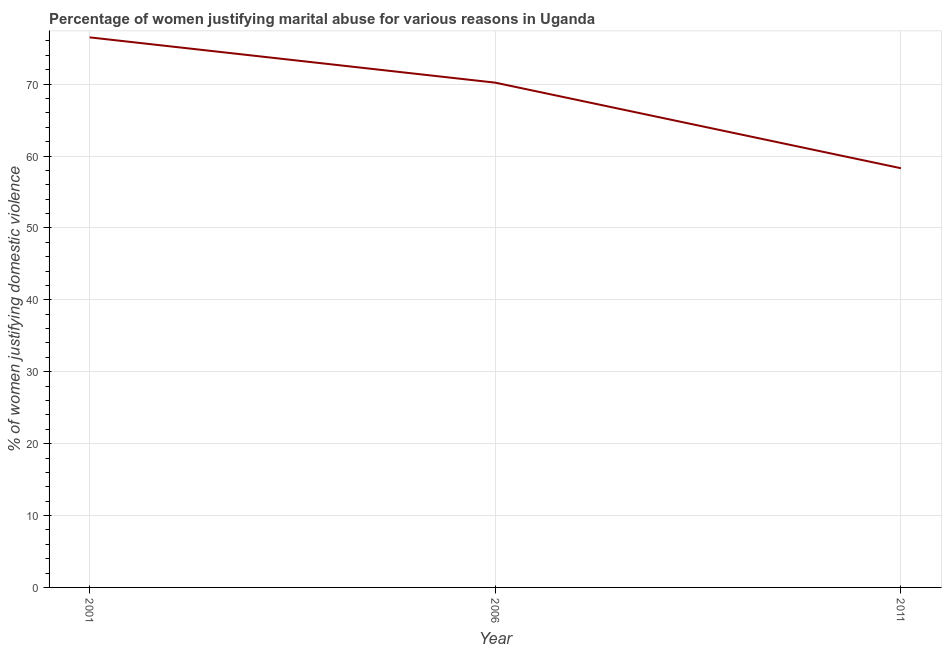
| Year | Physical abuse |
 | --- | --- |
 | 2001 | 76.5 |
 | 2006 | 70.2 |
 | 2011 | 58.3 |